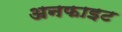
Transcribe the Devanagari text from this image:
अनफाइट